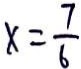
x = \frac { 7 } { 6 }